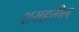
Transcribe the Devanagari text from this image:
शराहतील